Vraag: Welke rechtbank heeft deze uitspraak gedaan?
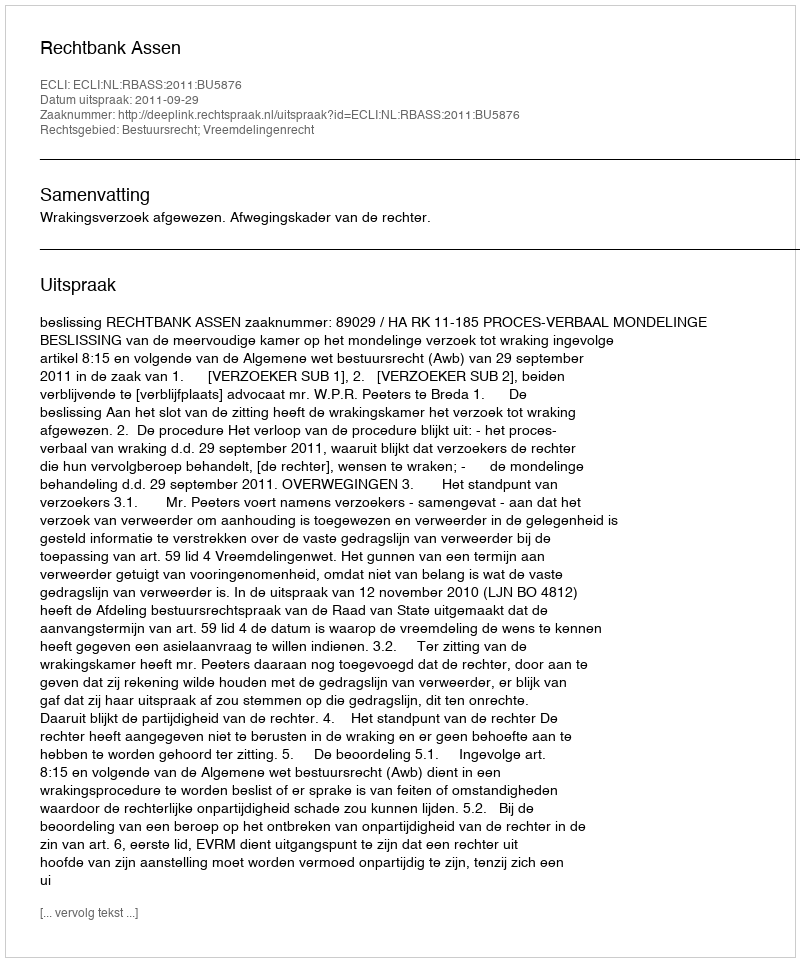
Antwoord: Rechtbank Assen